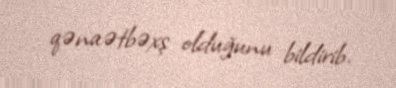
qənaətbəxş olduğunu bildirib.